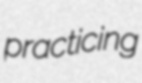
practicing